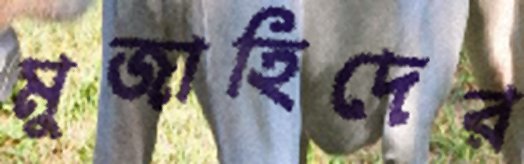
মুজাহিদের